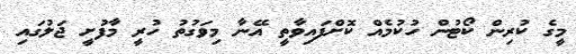
މީގެ ކުރިން ކޯޓުން ހުކުމެއް ކޮށްފައިވާތީ އޭނާ މިވަގުތު ހުރީ މާފުށީ ޖަލުގައި